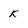
Character: k